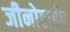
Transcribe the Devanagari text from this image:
जीनोटाईप